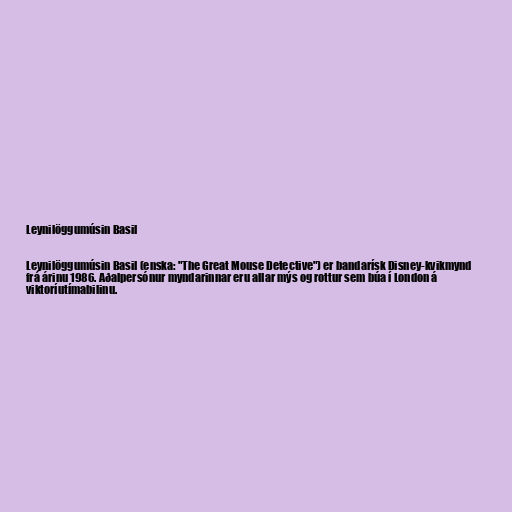
Leynilöggumúsin Basil

Leynilöggumúsin Basil (enska: "The Great Mouse Detective") er bandarísk Disney-kvikmynd
frá árinu 1986. Aðalpersónur myndarinnar eru allar mýs og rottur sem búa í London á
viktoríutímabilinu.